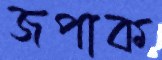
জপাক